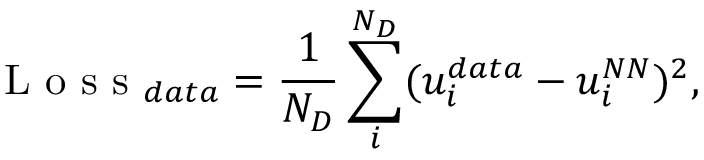
\mathrm { ~ L ~ o ~ s ~ s ~ } _ { d a t a } = \frac { 1 } { N _ { D } } \sum _ { i } ^ { N _ { D } } ( u _ { i } ^ { d a t a } - u _ { i } ^ { N N } ) ^ { 2 } ,